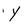
Character: Y